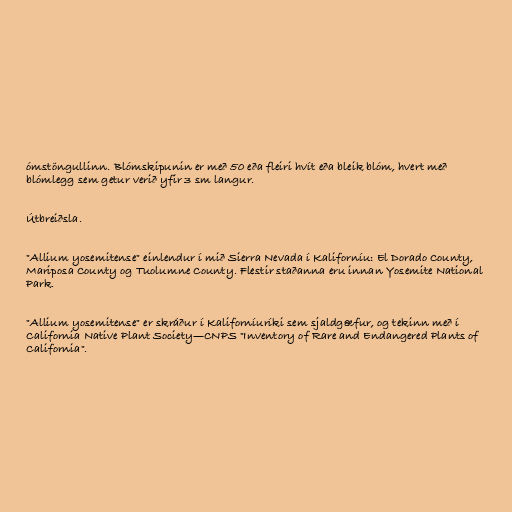
ómstöngullinn. Blómskipunin er með 50 eða fleiri hvít eða bleik blóm, hvert með
blómlegg sem getur verið yfir 3 sm langur.

Útbreiðsla.

"Allium yosemitense" einlendur í mið Sierra Nevada í Kaliforníu: El Dorado County,
Mariposa County og Tuolumne County. Flestir staðanna eru innan Yosemite National
Park.

"Allium yosemitense" er skráður í Kaliforníuríki sem sjaldgæfur, og tekinn með í
California Native Plant Society—CNPS "Inventory of Rare and Endangered Plants of
California".